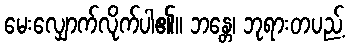
မေးလျှောက်လိုက်ပါ၏။ ဘန္တေ၊ ဘုရားတပည့်